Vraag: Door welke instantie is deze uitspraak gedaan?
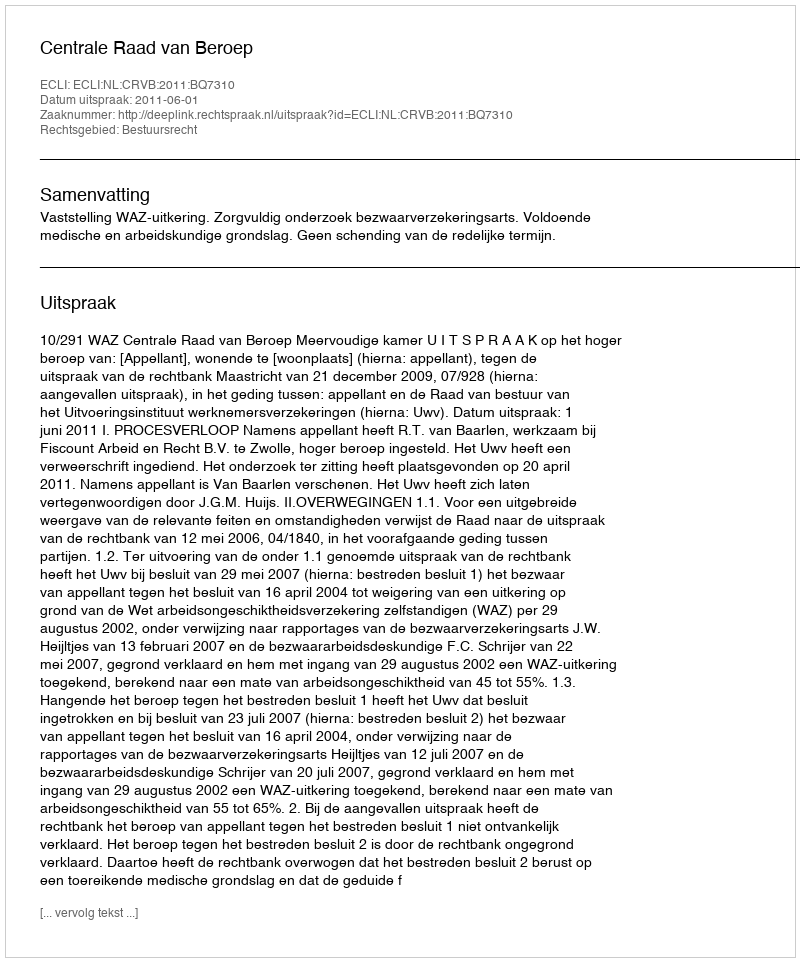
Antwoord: Centrale Raad van Beroep